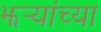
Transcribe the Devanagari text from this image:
झर्‍यांच्या